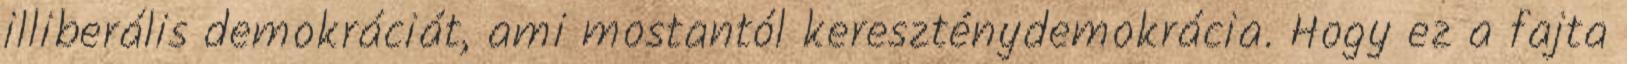
illiberális demokráciát, ami mostantól kereszténydemokrácia. Hogy ez a fajta